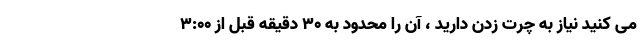
می کنید نیاز به چرت زدن دارید ، آن را محدود به 30 دقیقه قبل از 3:00